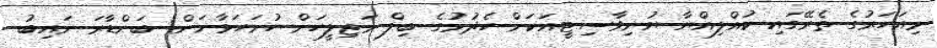
މިއަހަރުގެ ތެރޭގައި ކުއްލިއްޔާ ޔުނިވާސިޓީއަކަށް ހެދުމުގެ ބިލް މަޖިލީހަށް ހުށަހަޅާނަން: ބަންޑާރަ ނައިބު